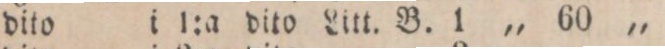
„ dito i 1:a dito Litt. B. 1 „ 60 „